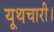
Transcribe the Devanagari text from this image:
यूथचारी।